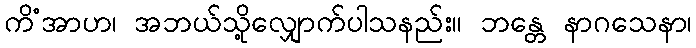
ကိံအာဟ၊ အဘယ်သို့လျှောက်ပါသနည်း။ ဘန္တေ နာဂသေနာ၊